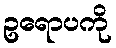
ဥရောပကို